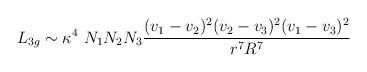
LaTeX: \begin{align*}L_{3g}\sim \kappa^4~N_1 N_2 N_3 {(v_1 -v_2)^2 (v_2 - v_3)^2 (v_1 - v_3)^2 \over r^7 R^7}\end{align*}